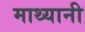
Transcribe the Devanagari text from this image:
माथ्यानी